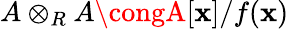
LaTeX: A\otimes_{R}A\congA[\mathbf{x}]/f(\mathbf{x})